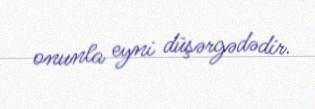
onunla eyni düşərgədədir.